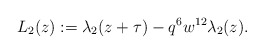
\begin{align*}L_2(z):=\lambda_2(z+\tau)-q^6w^{12}\lambda_2(z).\end{align*}